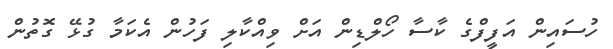
ހުސައިން އަފީފްގެ ކާސާ ހޯލްޑިން އަށް ވިއްކާލި ފަހުން އެކަމާ ގުޅޭ ގޮތުން